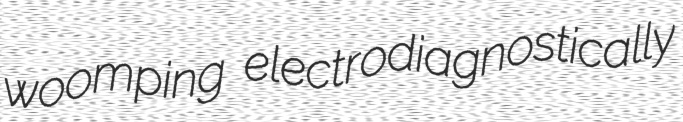
woomping electrodiagnostically